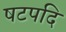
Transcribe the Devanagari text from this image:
षटपदि